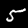
Label: 5